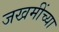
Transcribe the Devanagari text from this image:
जखमींच्या